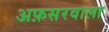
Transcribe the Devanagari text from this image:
अफ़सरवाला